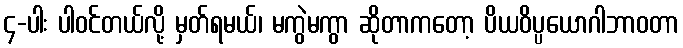
၄-ပါး ပါဝင်တယ်လို့ မှတ်ရမယ်၊ မကွဲမကွာ ဆိုတာကတော့ ပိယဝိပ္ပယောဂါဘာဝတာ